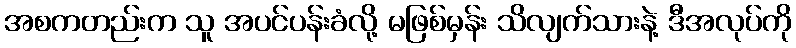
အစကတည်းက သူ အပင်ပန်းခံလို့ မဖြစ်မှန်း သိလျက်သားနဲ့ ဒီအလုပ်ကို